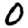
Digit: 0